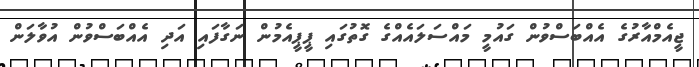
ޖީއެމްއާރުގެ އެއްބަސްވުން ގައުމީ މައްސަލައެއްގެ ގޮތުގައި ޕީޕީއެމުން ނަގާފައި އަދި އެއްބަސްވުން އުވާލަން